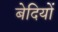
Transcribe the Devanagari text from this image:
बेदियों